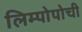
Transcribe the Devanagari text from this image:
लिम्पोपोची